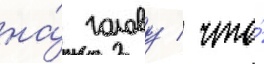
на́ голову / что́